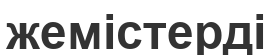
жемістерді